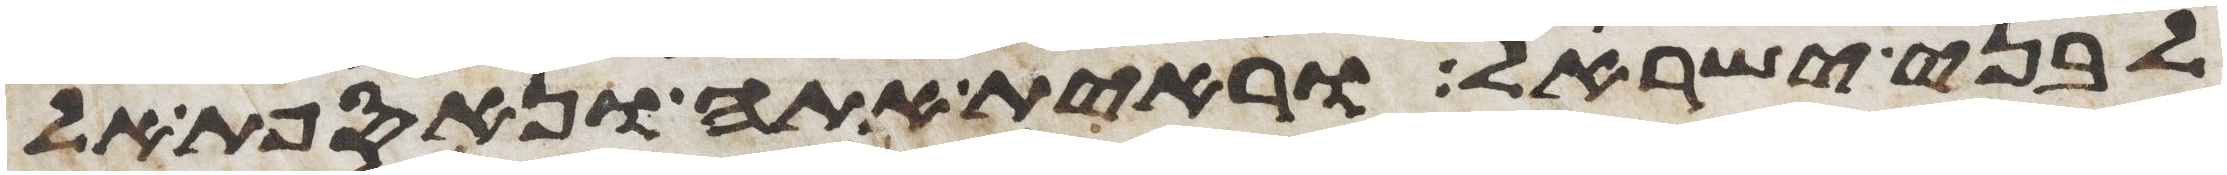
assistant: לבני ישראל וראית אתה ונאספת אל